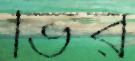
ভির